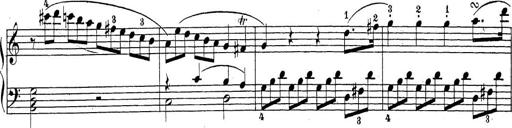
Title: Sonatina Album
Composer: Louis KÃ¶hler